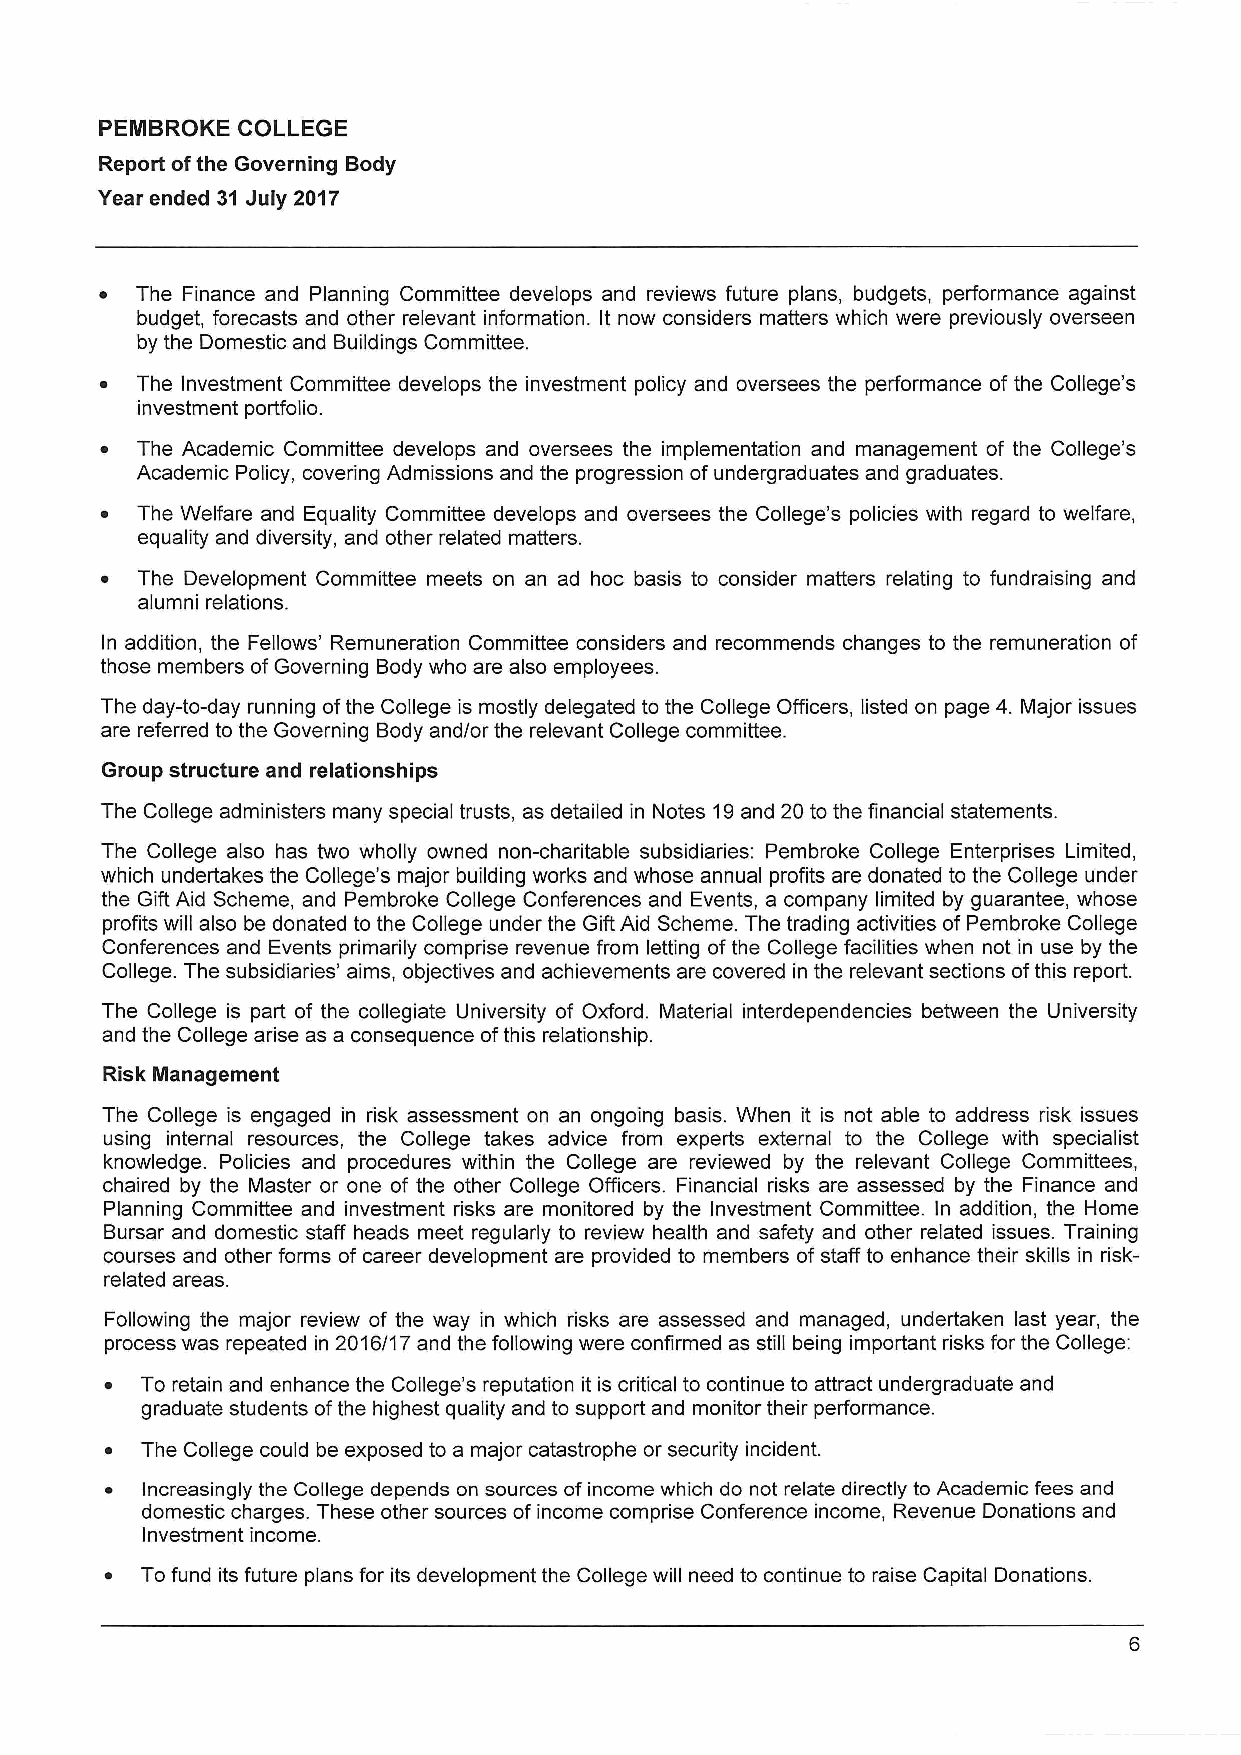
PEMBROKE COLLEGE
 Report ofthe Governing Body
 Year ended 31 July 2017
 ~ The Finance and Planning Committee develops and reviews future plans, budgets, performance against
 budget, forecasts and other relevant information. It now considers matters which were previously overseen
 by the Domestic and Buildings Committee.
 ~ The Investment Committee develops the investment policy and oversees the performance of the College's
 investment portfolio.
 ~ The Academic Committee develops and oversees the implementation and management of the College's
 Academic Policy, covering Admissions and the progression of undergraduates and graduates.
 ~ The Welfare and Equality Committee develops and oversees the College's policies with regard to welfare,
 equality and diversity, and other related matters.
 ~ The Development Committee meets on an ad hoc basis to consider matters relating to fundraising and
 alumni relations.
 In addition, the Fellows' Remuneration Committee considers and recommends changes to the remuneration of
 those members ofGoverning Body who are also employees.
 The day-to-day running ofthe College is mostly delegated to the College Officers, listed on page 4. Major issues
 are referred to the Governing Body and/or the relevant College committee.
 Group structure and relationships
 The College administers many special trusts, as detailed in Notes 19and 20 to the financial statements.
 The College also has two wholly owned non-charitable subsidiaries: Pembroke College Enterprises Limited,
 which undertakes the College's major building works and whose annual profits are donated to the College under
 the Gift Aid Scheme, and Pembroke College Conferences and Events, a company limited by guarantee, whose
 profits will also be donated to the College under the Gift Aid Scheme. The trading activities of Pembroke College
 Conferences and Events primarily comprise revenue from letting ofthe College facilities when not in use by the
 College. The subsidiaries' aims, objectives and achievements are covered in the relevant sections ofthis report.
 The College is part of the collegiate University of Oxford. Material interdependencies between the University
 and the College arise as a consequence ofthis relationship.
 Risk Imanagement
 The College is engaged in risk assessment on an ongoing basis. When it is not able to address risk issues
 using internal resources, the College takes advice from experts external to the College with specialist
 knowledge. Policies and procedures within the College are reviewed by the relevant College Committees,
 chaired by the Master or one of the other College Officers. Financial risks are assessed by the Finance and
 Planning Committee and investment risks are monitored by the Investment Committee. In addition, the Home
 Bursar and domestic staff heads meet regularly to review health and safety and other related issues. Training
 courses and other forms of career development are provided to members ofstaff to enhance their skills in risk-
 related areas.
 Following the major review of the way in which risks are assessed and managed, undertaken last year, the
 process was repeated in 2016/17 and the following were confirmed as still being important risks for the College:
 ~ To retain and enhance the College's reputation it is critical to continue to attract undergraduate and
 graduate students ofthe highest quality and to support and monitor their performance.
 ~ The College could be exposed to a major catastrophe or security incident.
 ~ Increasingly the College depends on sources of income which do not relate directly to Academic fees and
 domestic charges. These other sources ofincome comprise Conference income, Revenue Donations and
 Investment income.
 ~ To fund its future plans for its development the College will need to continue to raise Capital Donations.